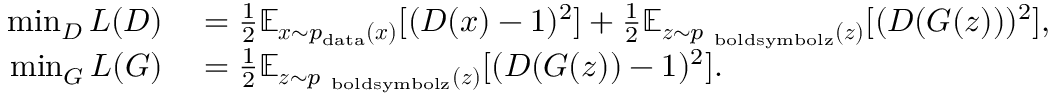
\begin{array} { r l } { \operatorname* { m i n } _ { D } L ( D ) } & { { } = \frac { 1 } { 2 } \mathbb { E } _ { \boldsymbol { x } \sim p _ { \mathrm { d a t a } } ( \boldsymbol { x } ) } [ ( D ( \boldsymbol { x } ) - 1 ) ^ { 2 } ] + \frac { 1 } { 2 } \mathbb { E } _ { \boldsymbol { z } \sim p _ { \mathrm { \ b o l d s y m b o l { z } } } ( \boldsymbol { z } ) } [ ( D ( G ( \boldsymbol { z } ) ) ) ^ { 2 } ] , } \\ { \operatorname* { m i n } _ { G } L ( G ) } & { { } = \frac { 1 } { 2 } \mathbb { E } _ { \boldsymbol { z } \sim p _ { \mathrm { \ b o l d s y m b o l { z } } } ( \boldsymbol { z } ) } [ ( D ( G ( \boldsymbol { z } ) ) - 1 ) ^ { 2 } ] . } \end{array}